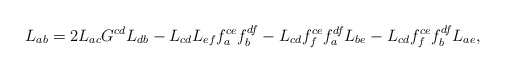
\begin{align*}L_{ab}=2L_{ac}G^{cd}L_{db}-L_{cd}L_{ef}f^{ce}_af^{df}_b-L_{cd}f^{ce}_ff^{df}_aL_{be}-L_{cd}f^{ce}_ff^{df}_bL_{ae},\end{align*}